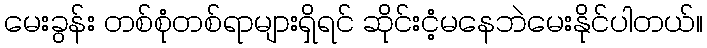
မေးခွန်း တစ်စုံတစ်ရာများရှိရင် ဆိုင်းငံ့မနေဘဲမေးနိုင်ပါတယ်။